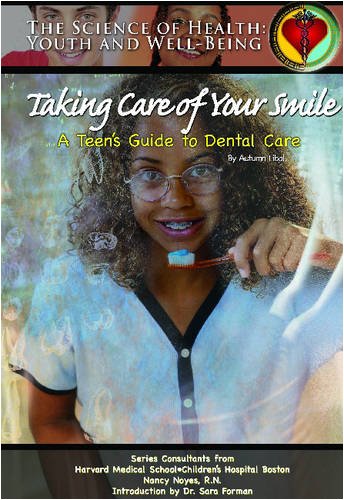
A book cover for Taking Care of Your Smile: A Teen's Guide to Dental Care (The Science of Health); Autumn Libal; Teen & Young Adult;